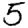
Digit: 5